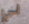
لي